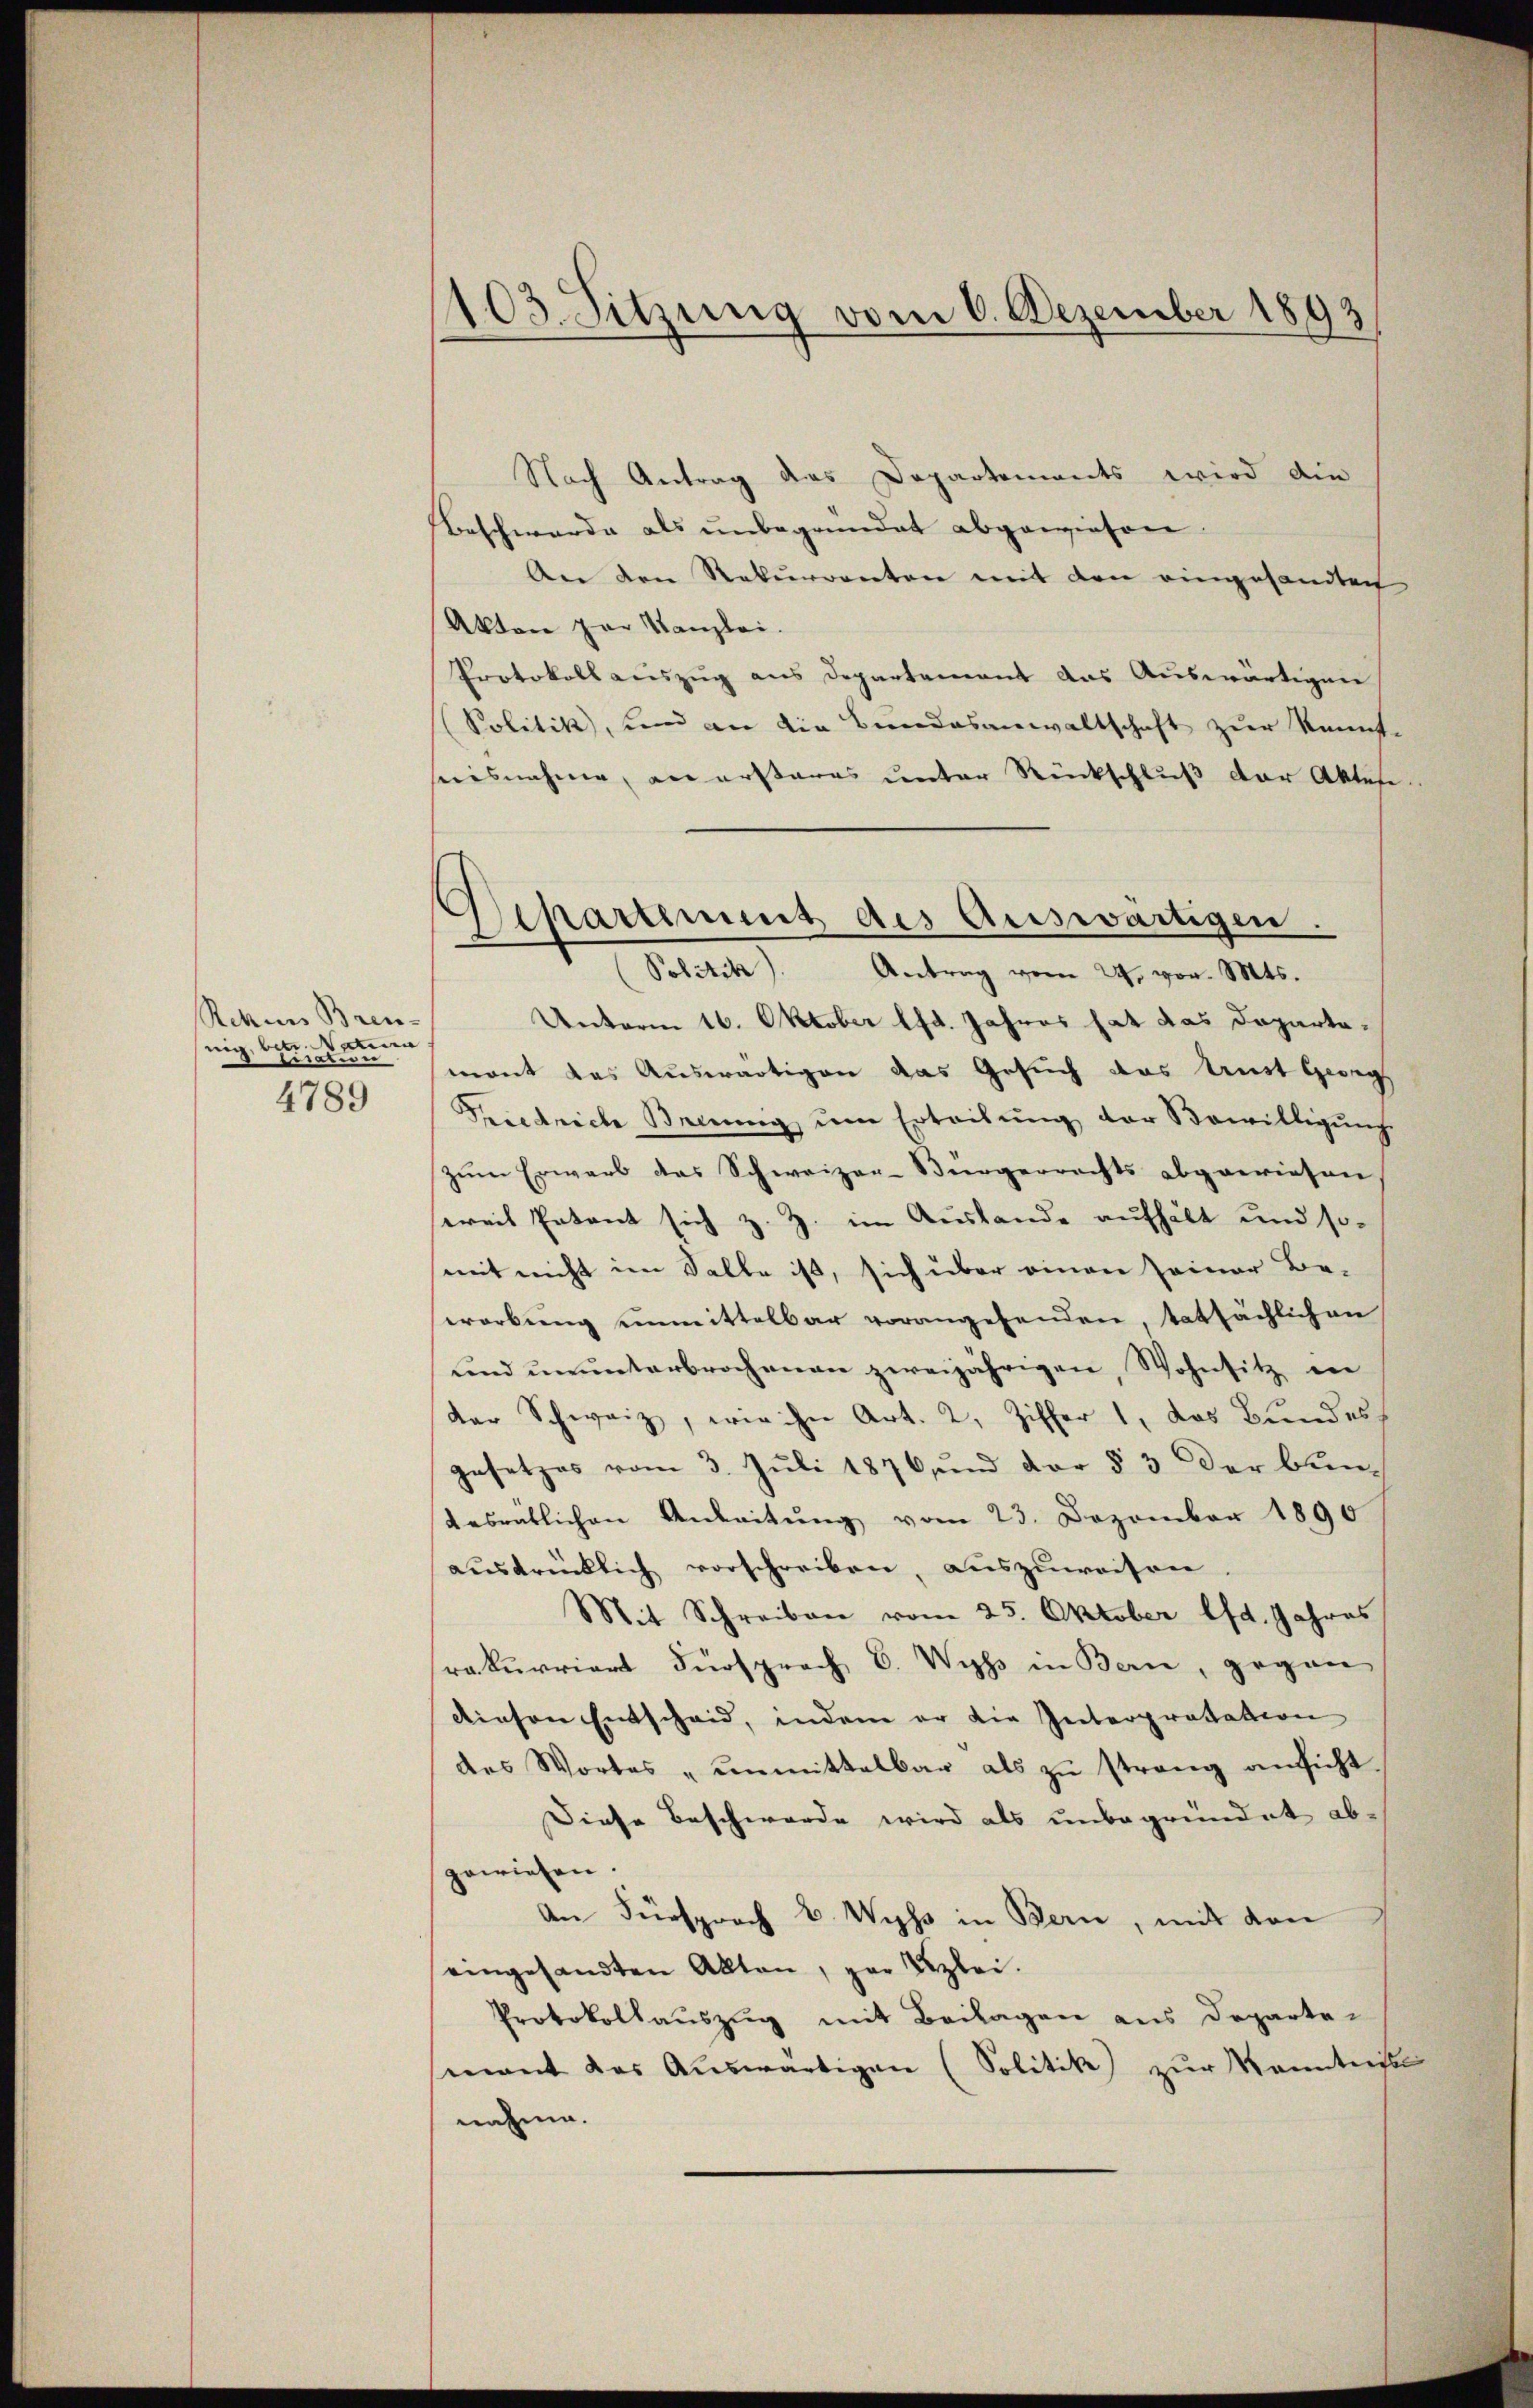
Rekurs Bren-
nig, bei den
4789

103. Sitzung vom 6. Dezember 1893

Nach Antrag das Departements wird die
Beschwerde als unbegründet abgewiesen.
An den Rekurrenten mit den eingesandtach
Akten zur Kanzlei.
Protokoll auszug aus Departement das Auswärtigen
Politik, und an die Bundesanwaltschaft zur Kennt-
eiesnahme, an ersteres unter Rückschluß der Aktese
Antrag vom 24. vor. Mts.
Unterm 16. Oktober lfd. Jahres hat das Dapartamont das Auswärtigen das Gesuch das Amt Georg
Friedriche Benŭng ŭm Erteilŭng der Bewilligŭng
zŭm Erwarb das Schweizer-Bürgerrechts abgewiesen
ereit Patant sich z. Z. im Auslande aufhält und somit nicht im Salle ist, sich über einen seiner Be-
wrorbung unmittelbar vorangehenden tatsächlichen
und ununterbrochenen zweijährigen, Wohnsitz in
der Schweiz, wie ihn Art. 2, Ziffer 1, das Bundes
gesetzes vom 3. Juli 1876 und der § 3 der Bundesrätlichen Anleitŭng vom 23. Dezember 1890
ausdrücklich vorschreiben, auszuweisen
Mit Schreiben vom 25. Oktober lfd. Jahres
rakurriert Fürsprach C. Wyss in Bern, gegen
diesen Entscheid, indem er die Interpretation
des Wortes "unmittelbar als zŭ streng ansicht.
Diese Beschwerde wird als unbegründet abgewiesen.
An Fürsprach v. Wyss in Bern, mit den
eingesandten Alten, zur Bezlei.
Protokollauszug mit Beilagen aus Departemant das Aŭswärtigen (Solitik zur Kenntnisse
nahme.

Departement des Auswärtigen.
(Politik).